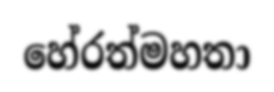
හේරත්මහතා